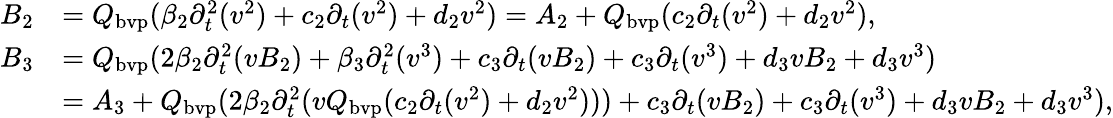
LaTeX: \begin{array}{rl}{B_{2}}&{=Q_{\mathrm{bvp}}(\beta_{2}\partial_{t}^{2}(v^{2})+c_{2}\partial_{t}(v^{2})+d_{2}v^{2})=A_{2}+Q_{\mathrm{bvp}}(c_{2}\partial_{t}(v^{2})+d_{2}v^{2}),}\\ {B_{3}}&{=Q_{\mathrm{bvp}}(2\beta_{2}\partial_{t}^{2}(vB_{2})+\beta_{3}\partial_{t}^{2}(v^{3})+c_{3}\partial_{t}(vB_{2})+c_{3}\partial_{t}(v^{3})+d_{3}vB_{2}+d_{3}v^{3})}\\ &{=A_{3}+Q_{\mathrm{bvp}}(2\beta_{2}\partial_{t}^{2}(vQ_{\mathrm{bvp}}(c_{2}\partial_{t}(v^{2})+d_{2}v^{2})))+c_{3}\partial_{t}(vB_{2})+c_{3}\partial_{t}(v^{3})+d_{3}vB_{2}+d_{3}v^{3}),}\end{array}